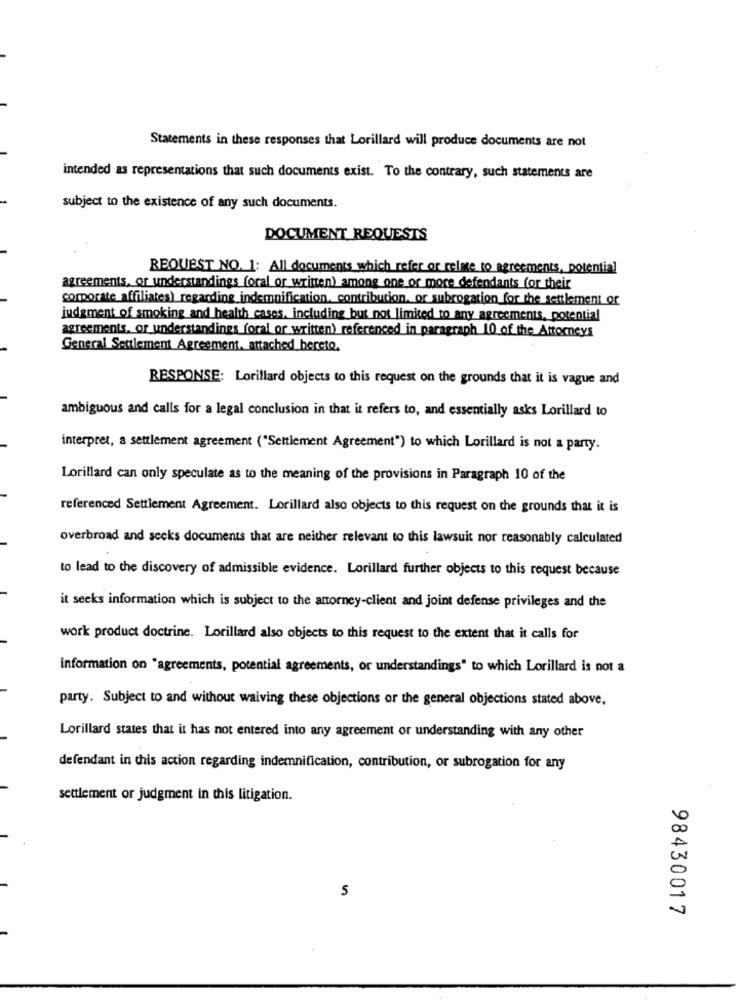
Statements in these responses that Lorillard will produce documents are not
intended as representations that such documents exist. To the contrary, such statements are
subject to the existence of any such documents.
DOCUMENT REQUESTS
REQUEST NO. 1: All documents which refer or relate to agreements, potential
agreements, or understandings (oral or written) among one or more defendants for their
corporate affiliates) regarding indemnification, contribution. or subrogation for the settlement or
judgment of smoking and health cases, including but not limited to any agreements, potential
agreements, or understandings (oral or written) referenced in paragraph 10 of the_Attorneys
General Settlement Agreement. attached hereto.
RESPONSE: Lorillard objects to this request on the grounds that it is vague and
ambiguous and calls for a legal conclusion in that it refers to, and essentially asks Lorillard to
interpret, a settlement agreement ("Settlement Agreement") to which Lorillard is not a party.
Lorillard can only speculate as to the meaning of the provisions in Paragraph 10 of the
referenced Settlement Agreement. Lorillard also objects to this request on the grounds that it is
overbroad and seeks documents that are neither relevant to this lawsuit nor reasonably calculated
to lead to the discovery of admissible evidence. Lorillard further objects to this request because
it seeks information which is subject to the attorney-client and joint defense privileges and the
work product doctrine. Lorillard also objects to this request to the extent that it calls for
information on "agreements, potential agreements, or understandings" to which Lorillard is not a
party. Subject to and without waiving these objections or the general objections stated above,
Lorillard states that it has not entered into any agreement or understanding with any other
defendant in this action regarding indemnification, contribution, or subrogation for any
settlement or judgment in this litigation.
5
98430017